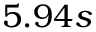
5 . 9 4 s